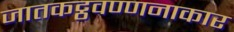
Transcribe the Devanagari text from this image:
जातकट्ठवण्णनाकार